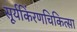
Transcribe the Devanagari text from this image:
सूर्यकिंरणचिकित्सा